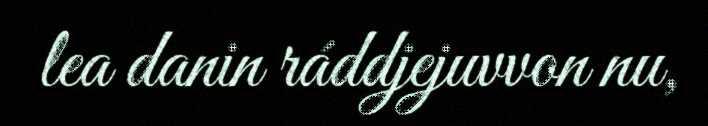
lea danin ráddjejuvvon nu,